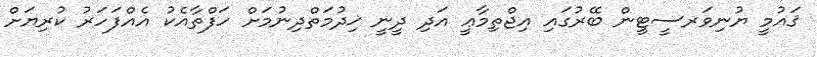
ޤައުމީ ޔުނިވަރސީޓީން ބޭރުގައި އިޖްތިމާޢީ އަދި ދީނީ ޚިދުމަތްދިނުމަށް ހަފްތާއެކު އެއްފަހަރު ކުރިޔަށް